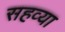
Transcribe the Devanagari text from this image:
सहव्या